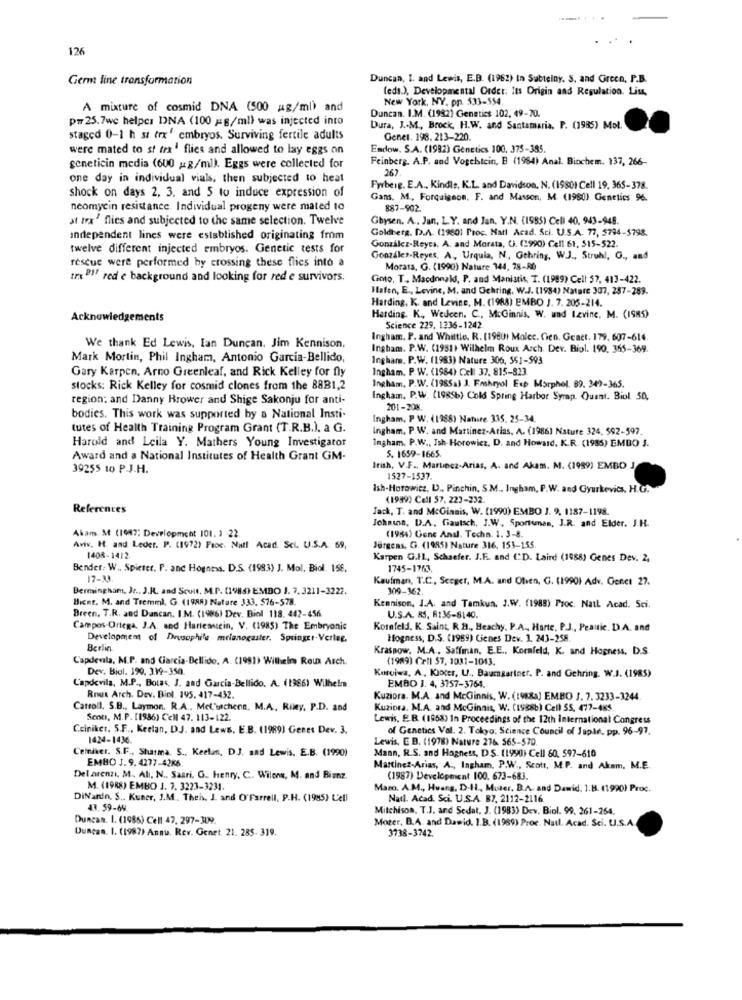
126
Germ line transformation
Duncan, I. and Lewis, E.D. (1962) In Subteiny. S. and Green, P.B.
(eds.), Developmental Order: Its Origin and Regulation. Liss,
New York, NY. pp. 533-554
A mixture of cosmid DNA (500 #g/ml) and
Duncan. I.M. (1982) Genetics 102, 49-70.
p=25.7we helper DNA (100 == g/ml) was injected into
Dura, J .- M ., Brock, H.W. and Santamaria, P. (1985) Mol.
staged 0-1 h st trx' embryos. Surviving fertile adults
Genel. 198. 213-220.
were mated to st tra' flies and allowed to lay eggs on
Eadlow. S.A. (1992) Genetics 100, 375-385.
Feinberg. A.P. and Vogehtcin, B (1984) Anal. Biochem. 137, 266-
geneticin media (600 g/ml). Eggs were collected for
267
one day in individual vials, then subjected to heal
Fwberg. E.A ., Kindle, K.L. and Davidson, N. (1980) Cell 19, 365-378.
shock on days 2, 3, and 5 to induce expression of
Gans. M ., Forquignon. F. and Masson, M. (1980) Genetics 96.
neomycin resistance. Individual progeny were mated 10
887-902.
st trx" flies and subjected to the same selection. Twelve
Gbysen. A ., Jan, L.Y. and Jan, Y.N. (1985) Cell 40, 943-948.
Goldberg. D.A. (19801 Proc. Natl Acad. Sci. U.S.A. 77, 5794-5798.
Independent lines were established originating from
González-Reyes. A. and Morata, G. (1990) Cell 61, 515-522.
twelve different injected embryos. Genetic tests for
rescue were performed by crossing these flies into a
Gonzales-Reyes, A ,, Urquia, N ., Gehring, W.J ., Struhl, G ., and
Morata, G. (1990) Nature 144, 78-RD
tra PI! red e background and looking for red e survivors.
Goto, T ., Macdonald, P. and Maniatis, T. (1989) Cell 57, 413-422.
Hafen, E ., Levine, M. and Gehring. W.J. (1984) Nature 307, 257-289.
Harding, K. and Levine, M. (1988) EMBO J. 7. 205-214.
Acknowledgements
Harding. K ., Wedcen. C ., McGinnis. W. und Levine, M. (1985)
Science 229, 1236-1242.
Ingham. P. and Whittle. R. [1980) Malec. Cien. Geaet. 179, 607-614.
We thank Ed Lewis, Ian Duncan, Jim Kennison.
Ingham. P.W. (1931) Wilhelm Roux Arch. Der. Biol. 190. 355-369.
Mark Mortin, Phil Ingham, Antonio Garcia-Bellido,
Ingham. P.W. (1983) Nature 306, 551-593
Gary Karpen, Arno Greenleaf, and Rick Kelley for fly
Ingham. P.W. (1984) Cell 37. 815-823
stocks: Rick Kelley for cosmid clones from the 88B1,2
Ingham, P.W. (1985a) J. Emshryol Exp Morphol. 89. 349-365.
region: and Danny Brower and Shige Sakonju for anti-
Ingham, P.W. (1985b) Cold Spring Harbor Symp. Quant. Biol. 50,
201-208.
bodies. This work was supported by a National Insti-
Ingham, P W. (1988) Nature 335. 25-34
tutes of Health Training Program Grant (T.R.B.). a G.
Ingham, P.W. and Martinez-Arias, A. (1986) Nature 324, 592-597.
Ingham. P.W ., Ish-Horowicz, D. and Howard, K.R. (1985) EMBO 3.
Harold and Leila Y. Mathers Young Investigator
Award and a National Institutes of Health Grant GM-
5. 1659-1665.
39255 10 PJ.H.
Irish, V.F ., Maruncz-Arias, A. and Akam. M. (1989) EMBO J
1527-1537.
Ish-Horowitz, L ., Pinchin, S.M ., Ingham, P.W. and Gyurkovics, H.G.
(1999) Cell $7, 223-232.
References
Jack, T. and McGinais, W. (1990) EMBO J. 9. 1187-1198.
Jokais, D.A. Giautsch, J.W ., Sportunas, J.R. and Elder. J.H.
Akam M (1047; Development 101. 1 22
(1984) Gene Anal. Techn. 1. 3-8.
Aviv, H. and Leder. P. (1972) Froc. Natl Acad Sci. U.S.A. 69,
Jürgens, G. (1995) Nature 316, 153-155.
1408-1412
Karpen G.IL, Schaefer. J.F. and ("D. Laird (1988) Genes Dev. 2,
Bender, W ., Spieter. P. and Hogness. D.S. (1993) J. Mol. Biol. 158.
1745-1763.
17-33.
Kaufman, T.C, Seeger, M.A. and Chien, G. (1990) Adv. Genet 27.
Bermingham, Jr .. J.R. and Scult. M.P. (1988) EMBO 1. 7. 3211-3222.
309-362.
Bient. M. and Tremml, G. (1988) Nature 333. 576-578.
Breen, T.R. and Duncan. I.M. (1986) Dev. Biol 118. 442-456
Kennison, J.A. and Tamkun. J.W. (1988) Proc. Nail Acad. Sci.
U.S.A. RS. R:36-8140.
Campos-Ortega. J.A. and Harieaucein, V. (1985) The Embryonic
Kornfeld. K. Saint, R. B ., Beachy, P.A ., Harte, P.J ., Peauic. D.A. and
Development of Drosophile melanogaster. Springer-Verlag,
Hogness, D.S. (1989) Cienes Dev. 1. 243-258.
Berlin
Krasnow. M.A ., Saffman, E.E ., Kornfeld, K. and Hogness. D.S.
Capdevila, M.P. and Garcia-Bellido. A. (1981) Wilhelm Reux Arch.
(1989) Cell $7, 1031-1043.
Dev. Biol. 199. 319-350.
L'apdevila, M.P ., Botas, J. and Garcia-Bellido. A. (1986) Wilhelm
Kurviwa, A, Kiocer, U ., Baumgartner. P. and Gehring. W.I. (1985)
EMBO 1. 4, 3757-3764.
Rnut Arch. Dev. Biel. 195. 417-432.
Kuziora. M.A. and McGinnis, W. (198Ra) EMBO J. 7. 3233-3244.
Carroll. S.B ., Laymon. R.A ., Mel'sschenn. M.A. Riley, P.D. and
Kuziora. M.A. and McGinnis, W. (1988b) Cell 55, 477-465.
Senti, M.P. [1986) Cell 47. 113-122.
Lewis, E.B. (1968) In Proceedings of the 12th International Congress
Cciniker. S.F ., Keelan, DJ. and Lews, E.B. (1989) Genes Dev. 3.
of Genetics Val. 2. Tokyo: Science Council of Japir, pp. 96-97.
1424-1436.
Lewis, E B. (1978) Nature 276. 565-570
Celniker. S.F ., Sharma. S ., Keelmn, D.J. and Lewis, E.B. (1990)
Mann, R.S. and Hagnets, D.S. (1990) Cell 60, 597-610
EMBO J. 9. 4277-4286
Martinez-Arias, A ., Ingham, P.W ., Scott, M.P. and Akam, M.E.
Del arenni, M. Ah, N ., Saari. G. Henry, C .. Wilons, M. and Bienz.
(1987) Development 100. 673-683.
M. (1988) EMBO J. 7. 3223-3231.
Mazo. A.M ., Huang, D.H ., Muter, B.A. and Dawid. 1.B. (1990) Proc.
DiNandn. S .. Kuner, I.M ., Theh. J. and O'Farrell, P.H. (1985) C'ell
Natl. Acad. Sci. U.S.A. 87. 2112-2116.
47. 59-64
Milchison, T.J. and Sedal, J. (1983) Dev. Biol. 99. 261-264.
Duncan. I. (1985) Cell 47. 297-309.
Mozer, B.A. and Dawid. I.B. (1989) Proc. Natl. Acad. Sci. U.S.A.
Duncan. I. (1987) Annu Rev. Genet. 21. 285- 319.
3738-3742.